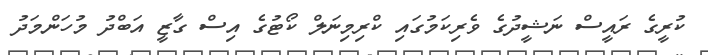
ކުރީގެ ރައީސް ނަޝީދުގެ ވެރިކަމުގައި ކްރިމިނަލް ކޯޓުގެ އިސް ގާޒީ އަބްދު މުހަންމަދު